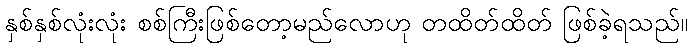
နှစ်နှစ်လုံးလုံး စစ်ကြီးဖြစ်တော့မည်လောဟု တထိတ်ထိတ် ဖြစ်ခဲ့ရသည်။